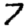
Digit: 7